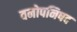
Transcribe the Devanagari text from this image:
वनोपनिषद